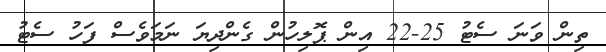
ތިން ވަނަ ސެޓު 25-22 އިން ޕޮލިހުން ގެންދިޔަ ނަމަވެސް ފަހު ސެޓު